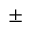
\pm